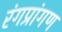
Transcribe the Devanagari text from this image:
रंगप्रांगण